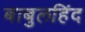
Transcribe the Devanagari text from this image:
बाबुलहिंद